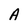
Character: A